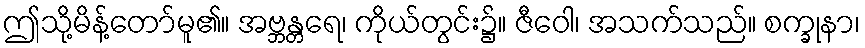
ဤသို့မိန့်တော်မူ၏။ အဗ္ဘန္တရေ၊ ကိုယ်တွင်း၌။ ဇီဝေါ၊ အသက်သည်။ စက္ခုနာ၊